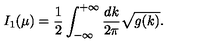
I _ { 1 } ( \mu ) = { \frac { 1 } { 2 } } \int _ { - \infty } ^ { + \infty } \frac { d k } { 2 \pi } { \sqrt { g ( k ) } } .